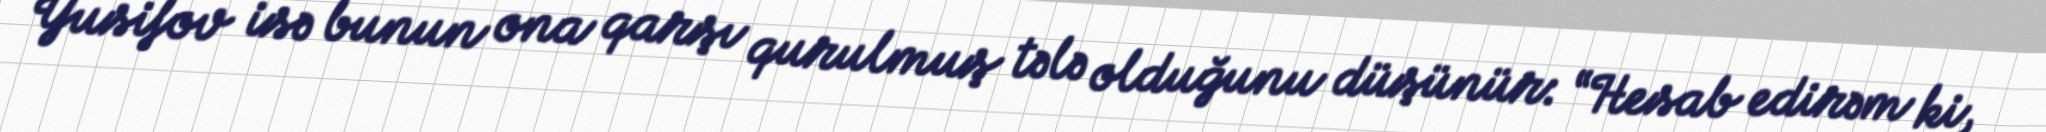
Yusifov isə bunun ona qarşı qurulmuş tələ olduğunu düşünür: “Hesab edirəm ki,